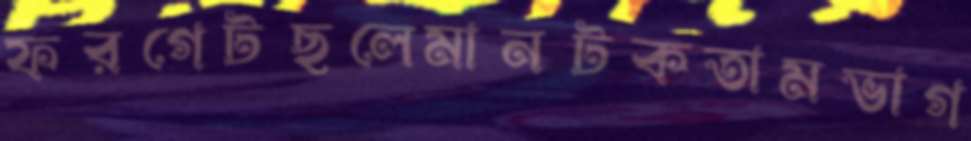
ফরগেটছলেমানটকতামভাগ